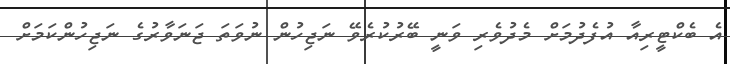
އެ ބެކްޓީރިއާ އުފެދުމަށް މެދުވެރި ވަނީ ބޭރުކުރެވޭ ނަޖިހުން ނުވަތަ ޖަނަވާރުގެ ނަޖިހުންކަމަށް